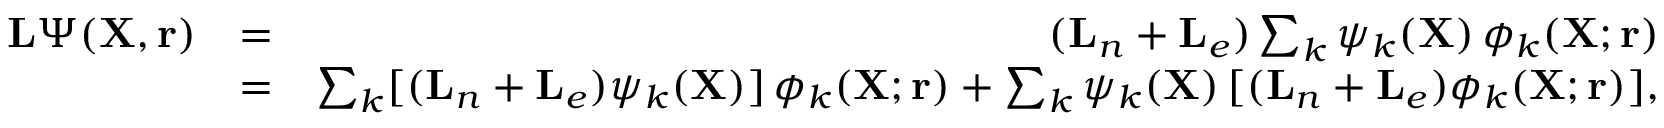
\begin{array} { r l r } { { \mathbf { L } } \Psi ( { \mathbf { X } } , { \mathbf { r } } ) } & { = } & { ( { \mathbf { L } } _ { n } + { \mathbf { L } } _ { e } ) \sum _ { k } \psi _ { k } ( { \mathbf { X } } ) \, \phi _ { k } ( { \mathbf { X } } ; { \mathbf { r } } ) } \\ & { = } & { \sum _ { k } [ ( { \mathbf { L } } _ { n } + { \mathbf { L } } _ { e } ) \psi _ { k } ( { \mathbf { X } } ) ] \, \phi _ { k } ( { \mathbf { X } } ; { \mathbf { r } } ) + \sum _ { k } \psi _ { k } ( { \mathbf { X } } ) \, [ ( { \mathbf { L } } _ { n } + { \mathbf { L } } _ { e } ) \phi _ { k } ( { \mathbf { X } } ; { \mathbf { r } } ) ] , } \end{array}